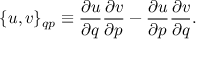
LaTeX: \{ u , v \} _ { q p } \equiv { \frac { \partial u } { \partial q } } { \frac { \partial v } { \partial p } } - { \frac { \partial u } { \partial p } } { \frac { \partial v } { \partial q } } .